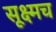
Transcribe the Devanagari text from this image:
सूक्ष्मच